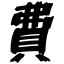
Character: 費